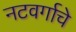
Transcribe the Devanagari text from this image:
नटवर्गाचे